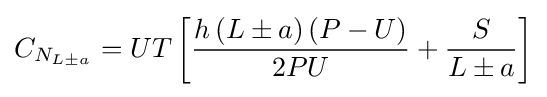
C_{N_{L\pm a}}=UT\left[{\frac {h\left(L\pm a\right)\left(P-U\right)}{2PU}}+{\frac {S}{L\pm a}}\right]